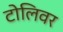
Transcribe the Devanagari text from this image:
टोलिवर